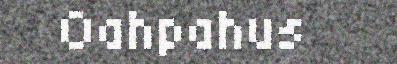
Oahpahus